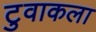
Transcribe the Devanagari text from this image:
टुवाकला